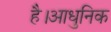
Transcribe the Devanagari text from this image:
है।आधुनिक